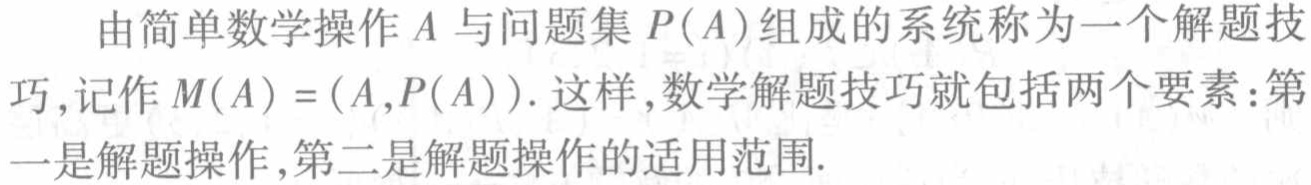
由简单数学操作\(A\)与问题集\(P(A)\)组成的系统称为一个解题技
巧,记作\(M(A) = (A,P(A))\). 这样,数学解题技巧就包括两个要素:第
一是解题操作,第二是解题操作的适用范围.